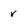
Character: r